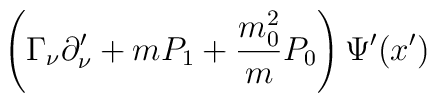
\left( \Gamma _\nu \partial _\nu^{\prime }+mP_1+\frac{m_0^2}{m}P_0\right) \Psi^{\prime } (x^{\prime})